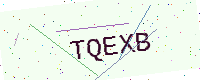
Text: TQEXB